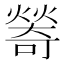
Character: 𤏃